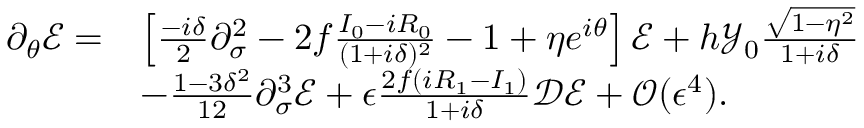
\begin{array} { r l } { \partial _ { \theta } \mathcal { E } = } & { \left[ \frac { - i \delta } { 2 } \partial _ { \sigma } ^ { 2 } - 2 f \frac { I _ { 0 } - i R _ { 0 } } { ( 1 + i \delta ) ^ { 2 } } - 1 + \eta e ^ { i \theta } \right] \mathcal { E } + h \mathcal { Y } _ { 0 } \frac { \sqrt { 1 - \eta ^ { 2 } } } { 1 + i \delta } } \\ & { - \frac { 1 - 3 \delta ^ { 2 } } { 1 2 } \partial _ { \sigma } ^ { 3 } \mathcal { E } + \epsilon \frac { 2 f ( i R _ { 1 } - I _ { 1 } ) } { 1 + i \delta } \mathcal { D } \mathcal { E } + \mathcal { O } ( \epsilon ^ { 4 } ) . } \end{array}